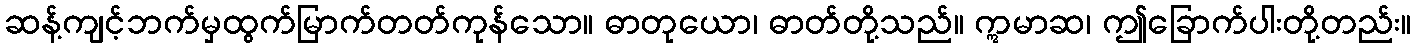
ဆန့်ကျင့်ဘက်မှထွက်မြာက်တတ်ကုန်သော။ ဓာတုယော၊ ဓာတ်တို့သည်။ ဣမာဆ၊ ဤခြောက်ပါးတို့တည်း။